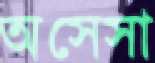
অসেসা